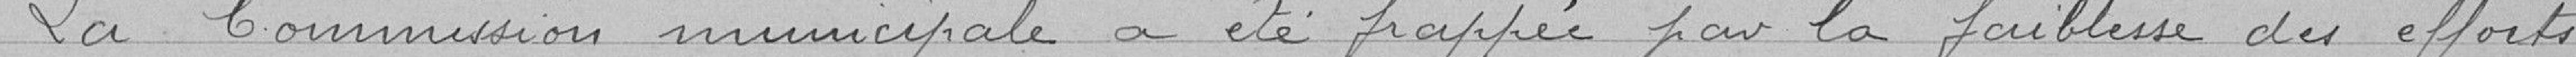
La commission municipale a été frappée par la faiblesse des efforts